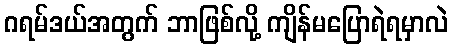
ဂရမ်ဒယ်အတွက် ဘာဖြစ်လို့ ကျိန်မပြောရဲရမှာလဲ